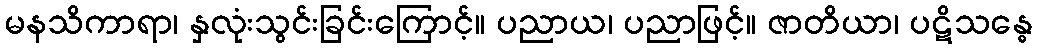
မနသိကာရာ၊ နှလုံးသွင်းခြင်းကြောင့်။ ပညာယ၊ ပညာဖြင့်။ ဇာတိယာ၊ ပဋိသန္ဓေ